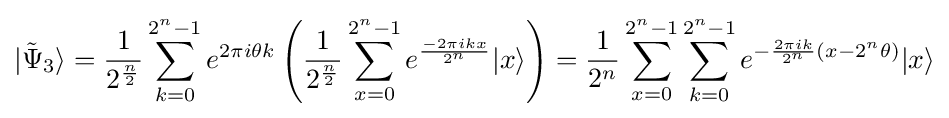
|{\tilde {\Psi }}_{3}\rangle ={\frac {1}{2^{\frac {n}{2}}}}\sum _{k=0}^{2^{n}-1}e^{2\pi i\theta k}\left({\frac {1}{2^{\frac {n}{2}}}}\sum _{x=0}^{2^{n}-1}e^{\frac {-2\pi ikx}{2^{n}}}|x\rangle \right)={\frac {1}{2^{n}}}\sum _{x=0}^{2^{n}-1}\sum _{k=0}^{2^{n}-1}e^{-{\frac {2\pi ik}{2^{n}}}\left(x-2^{n}\theta \right)}|x\rangle